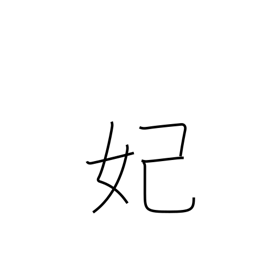
Meaning: princess